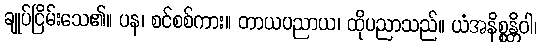
ချုပ်ငြိမ်းသေ၏။ ပန၊ စင်စစ်ကား။ တာယပညာယ၊ ထိုပညာသည်။ ယံအနိစ္စန္တိဝါ၊